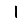
Digit: 1